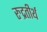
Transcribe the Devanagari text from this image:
रुद्रतीर्थ